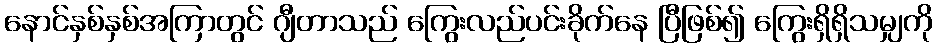
နောင်နှစ်နှစ်အကြာတွင် ဂျီတာသည် ကြွေးလည်ပင်းခိုက်နေ ပြီဖြစ်၍ ကြွေးရှိရှိသမျှကို